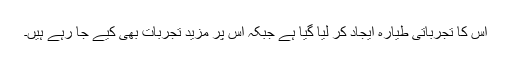
اس کا تجرباتی طیارہ ایجاد کر لیا گیا ہے جبکہ اس پر مزید تجربات بھی کیے جا رہے ہیں۔